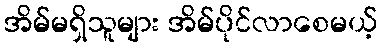
အိမ်မရှိသူများ အိမ်ပိုင်လာစေမယ့်